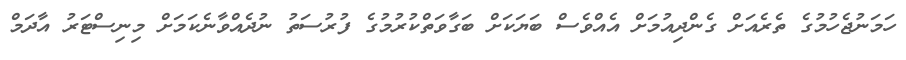
ހަމަނުޖެހުމުގެ ތެރެއަށް ގެންދިއުމަށް އެއްވެސް ބަޔަކަށް ބަގާވަތްކުރުމުގެ ފުރުސަތު ނުދެއްވާނެކަމަށް މިނިސްޓަރު އާދަމް